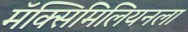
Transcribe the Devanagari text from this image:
मॅक्सिमिलियनला